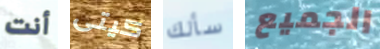
أنت كيتى سألك الجميع